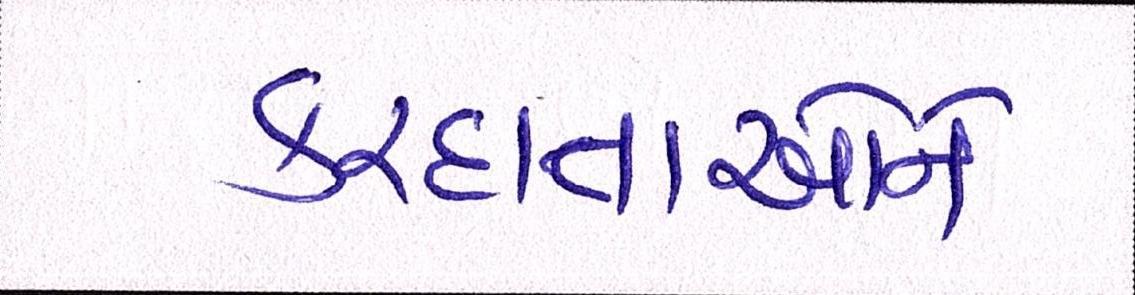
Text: કરદાતાઓને